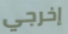
إخرجي